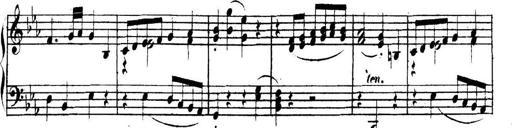
Title: Collected Piano Sonatas
Composer: Muzio Clementi